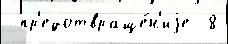
 пр'едотвраще́н'иjе  8